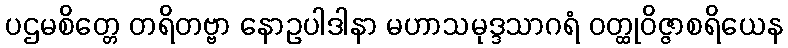
ပဌမစိတ္တေ တရိတဗ္ဗာ နောဥပါဒါနာ မဟာသမုဒ္ဒသာဂရံ ဝတ္ထုဝိဇ္ဇာစရိယေန